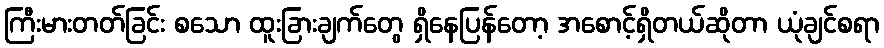
ကြီးမားတတ်ခြင်း စသော ထူးခြားချက်တွေ ရှိနေပြန်တော့ အစောင့်ရှိတယ်ဆိုတာ ယုံချင်စရာ